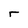
Character: r